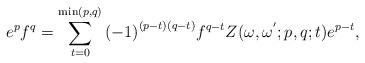
LaTeX: \begin{align*}{e^p}{f^q} = \sum\limits_{t = 0}^{\min (p,q)} {{{( - 1)}^{(p - t)(q - t)}}} {f^{q - t}}Z(\omega ,{\omega ^{'}};p,q;t){e^{p - t}},\end{align*}